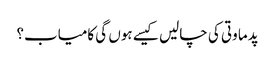
پدما وتی کی چالیں کیسے ہوں گی کامیاب؟